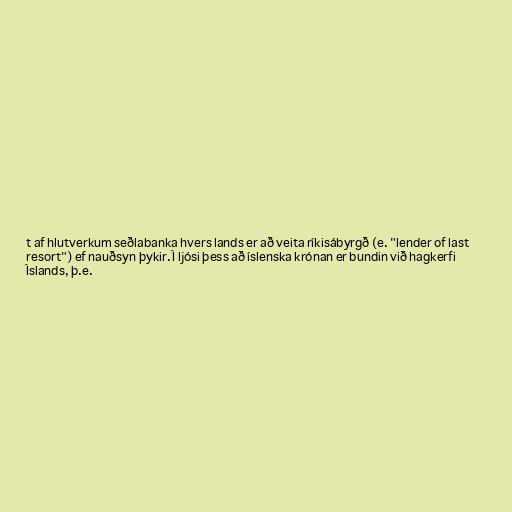
t af hlutverkum seðlabanka hvers lands er að veita ríkisábyrgð (e. "lender of last
resort") ef nauðsyn þykir. Í ljósi þess að íslenska krónan er bundin við hagkerfi
Íslands, þ.e.